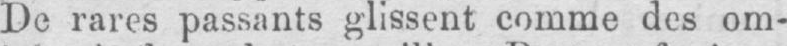
De rares passants glissent comme des om-